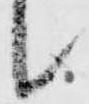
候